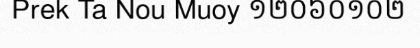
Prek Ta Nou Muoy ១២០៦០១០២